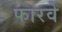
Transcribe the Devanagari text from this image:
फारवे